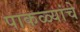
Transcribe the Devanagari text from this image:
पाकळ्यांचे